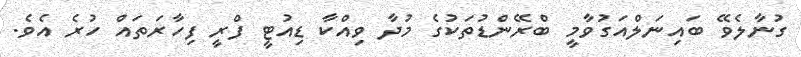
ގުނާލެވޭ ބައިނަލްއަގުވާމީ ބްރޭންޑުތަކުގެ މުދާ ވިއްކާ ޑިއުޓީ ފްރީ ފިހާރަތައް ހުރެ އެވެ.